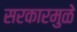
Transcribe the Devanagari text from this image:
सरकारमुळे